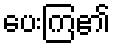
ပေးကြ၏